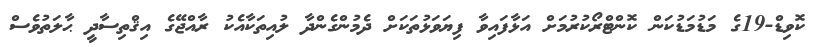
ކޮވިޑް-19ގެ މަޑުމަޑުކަން ކޮންޓްރޯކުރުމަށް އަޅާފައިވާ ފިޔަވަޅުތަކަށް ދެމުންގެންދާ ލުއިތަކާއެކު ރާއްޖޭގެ އިޤްތިސާދީ ޙާލަތުވެސް